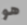
هو